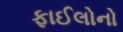
ફાઈલોનો